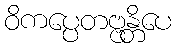
ဝိကပ္ပေတဗ္ဗန္တိပေ